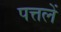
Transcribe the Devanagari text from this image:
पत्तलें